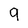
Character: 9